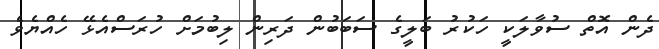
ދެން އޮތް ސުވާލަކީ ހަކުރު ބަލީގެ ސަބަބުން ދަރިން ލިބުމަށް ހުރަސްއެޅޭ ހެއްޔެވެ